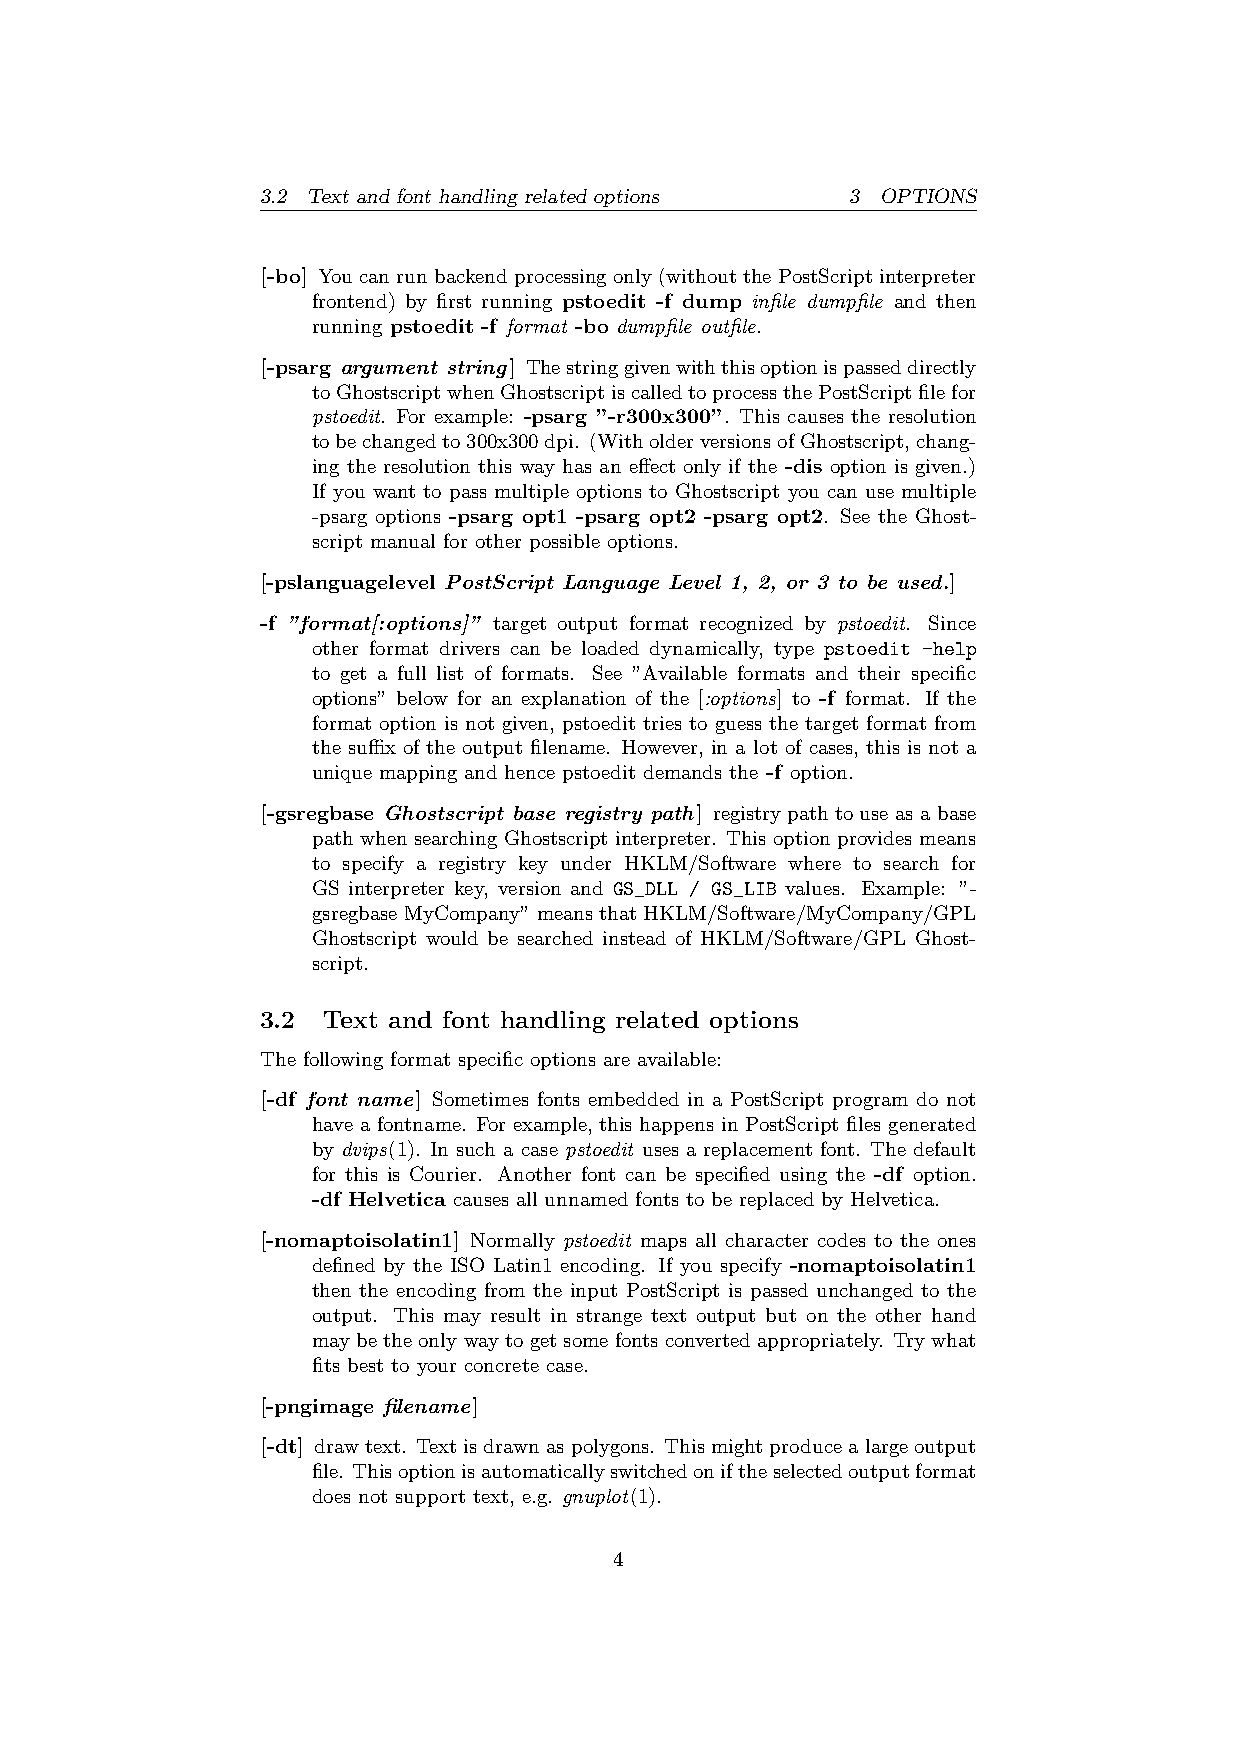
3.2 Text and font handling related options 3 OPTIONS
 [-bo] You can run backend processing only (without the PostScript interpreter
 frontend) by first running pstoedit -f dump infile dumpfile and then
 running pstoedit -f format -bo dumpfile outfile.
 [-psarg argument string] Thestringgivenwiththisoptionispasseddirectly
 toGhostscriptwhenGhostscriptiscalledtoprocessthePostScriptfilefor
 pstoedit. For example: -psarg ”-r300x300”. This causes the resolution
 tobechangedto300x300dpi. (WitholderversionsofGhostscript,chang-
 ing the resolution this way has an effect only if the -dis option is given.)
 If you want to pass multiple options to Ghostscript you can use multiple
 -psarg options -psarg opt1 -psarg opt2 -psarg opt2. See the Ghost-
 script manual for other possible options.
 [-pslanguagelevel PostScript Language Level 1, 2, or 3 to be used.]
 -f ”format[:options]” target output format recognized by pstoedit. Since
 other format drivers can be loaded dynamically, type pstoedit -help
 to get a full list of formats. See ”Available formats and their specific
 options” below for an explanation of the [:options] to -f format. If the
 format option is not given, pstoedit tries to guess the target format from
 the suffix of the output filename. However, in a lot of cases, this is not a
 unique mapping and hence pstoedit demands the -f option.
 [-gsregbase Ghostscript base registry path] registry path to use as a base
 path when searching Ghostscript interpreter. This option provides means
 to specify a registry key under HKLM/Software where to search for
 GS interpreter key, version and GS_DLL / GS_LIB values. Example: ”-
 gsregbaseMyCompany”meansthatHKLM/Software/MyCompany/GPL
 Ghostscript would be searched instead of HKLM/Software/GPL Ghost-
 script.
 3.2 Text and font handling related options
 The following format specific options are available:
 [-df font name] Sometimes fonts embedded in a PostScript program do not
 have a fontname. For example, this happens in PostScript files generated
 by dvips(1). In such a case pstoedit uses a replacement font. The default
 for this is Courier. Another font can be specified using the -df option.
 -df Helvetica causes all unnamed fonts to be replaced by Helvetica.
 [-nomaptoisolatin1] Normally pstoedit maps all character codes to the ones
 defined by the ISO Latin1 encoding. If you specify -nomaptoisolatin1
 then the encoding from the input PostScript is passed unchanged to the
 output. This may result in strange text output but on the other hand
 maybetheonlywaytogetsomefontsconvertedappropriately. Trywhat
 fits best to your concrete case.
 [-pngimage filename]
 [-dt] drawtext. Textisdrawnaspolygons. Thismightproducealargeoutput
 file. Thisoptionisautomaticallyswitchedoniftheselectedoutputformat
 does not support text, e.g. gnuplot(1).
 4